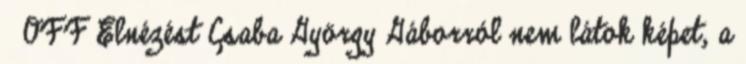
OFF Elnézést Csaba György Gáborról nem látok képet, a